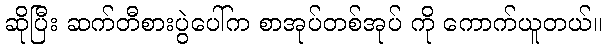
ဆိုပြီး ဆက်တီစားပွဲပေါ်က စာအုပ်တစ်အုပ် ကို ကောက်ယူတယ်။